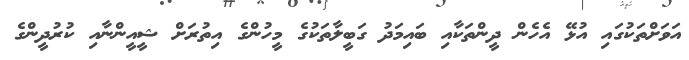
އަވަށްތަކުގައި އުޅޭ އެހެން ދީންތަކާއި ބައިމަދު ގަބީލާތަކުގެ މީހުންގެ އިތުރަށް ޝީއީންނާއި ކުރުދީންގެ